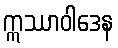
ဣဿာဝါဒေန